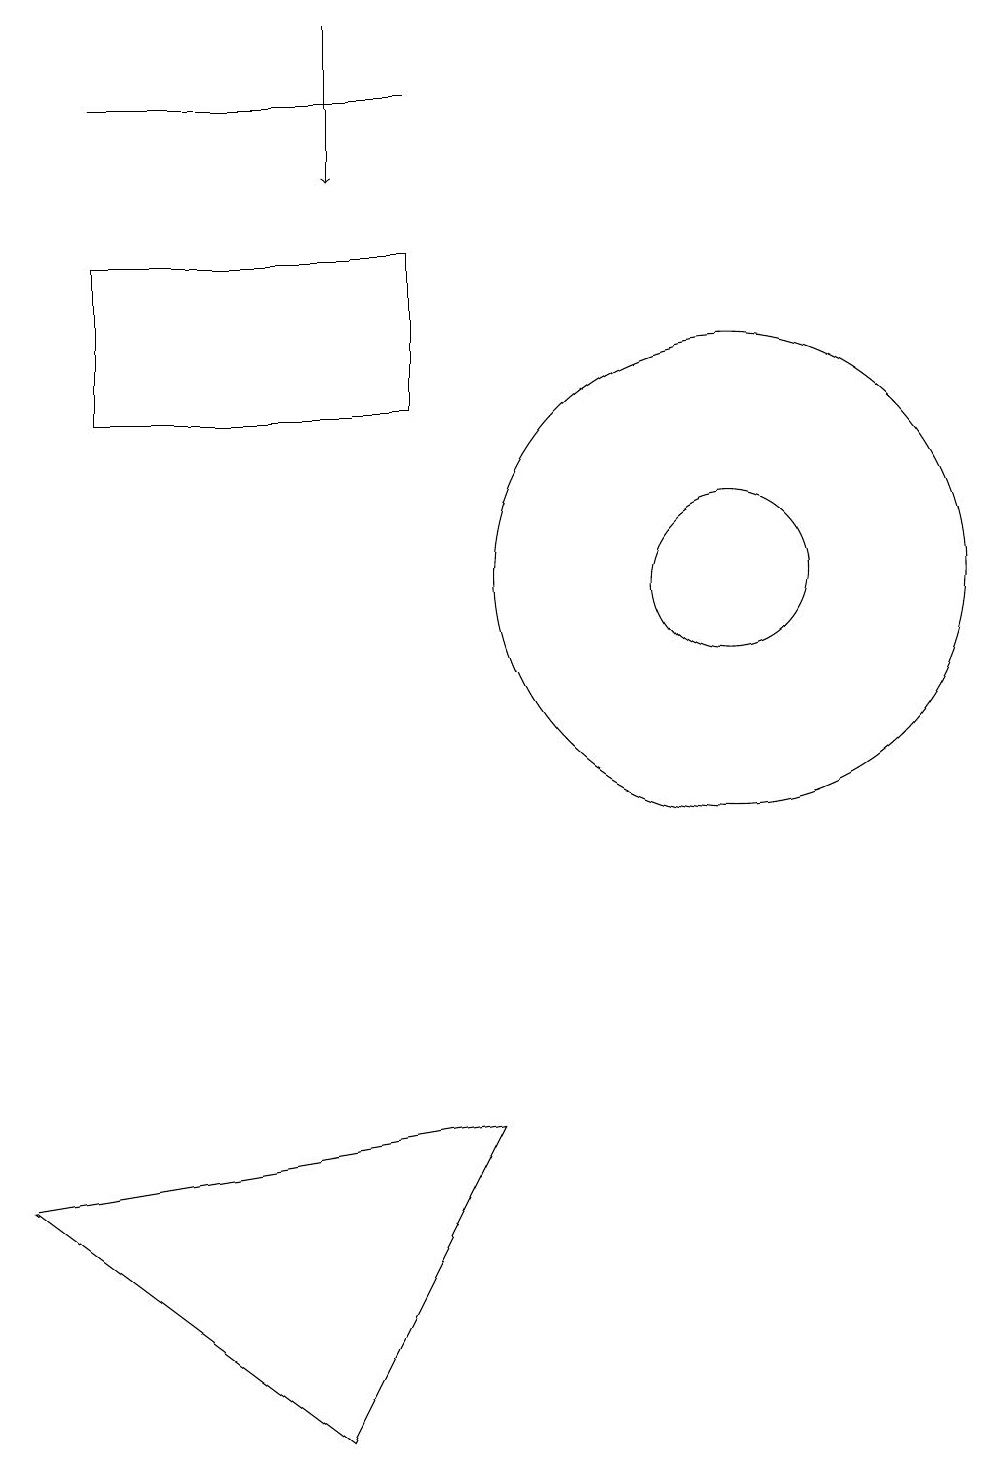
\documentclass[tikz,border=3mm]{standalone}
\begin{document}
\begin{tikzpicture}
\draw (11,11) circle (3);
\draw (7,17) rectangle (3,17);
\draw (2,3) -- (8,4) -- (6,0) -- cycle;
\draw[->] (6,18) -- (6,16);
\draw (11,11) circle (1);
\draw (7,13) rectangle (3,15);
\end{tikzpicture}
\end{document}